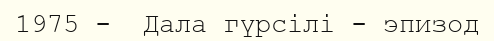
1975 -  Дала гүрсілі - эпизод